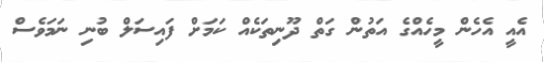
އެއީ އެހެން މީހެއްގެ އަތުން ގަތް ދޫނިތަކެއް ކަމަށް ފައިސަލް ބުނި ނަމަވެސް